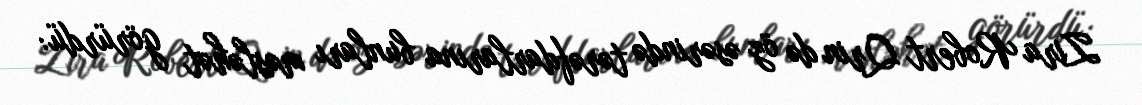
Zira Robert Qrin də öz əsərində tərəfdarlarına bunları məsləhət görürdü: